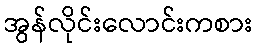
အွန်လိုင်းလောင်းကစား